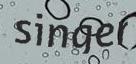
singer